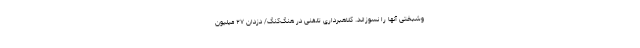
وشبختی آنها را نسوزاند. کلاهبرداری تلفنی در هنگ‌کنگ/ دزدان ۲۷ میلیون